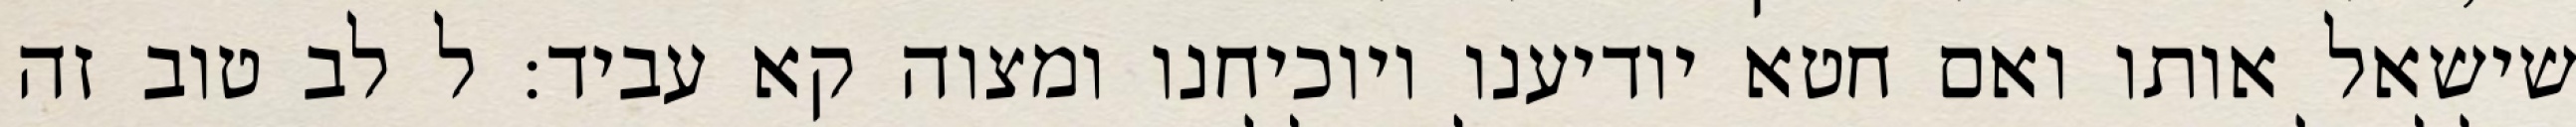
שישאל אותו ואם חטא יודיענו ויוכיחנו ומצוה קא עביד: ל לב טוב זה